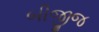
બીજીજ